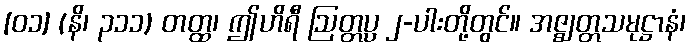
[၀၁] (နိ၊ ၃၁၁) တတ္ထ၊ ဤဟိရီ ဩတ္တပ္ပ ၂-ပါးတို့တွင်။ အဇ္ဈတ္တသမုဋ္ဌာနံ၊